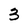
Character: 3